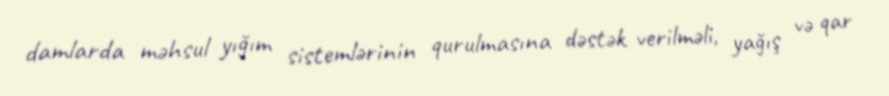
damlarda məhsul yığım sistemlərinin qurulmasına dəstək verilməli, yağış və qar